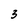
Character: 3